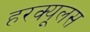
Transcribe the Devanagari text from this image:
हरक्‍यूलस